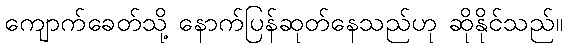
ကျောက်ခေတ်သို့ နောက်ပြန်ဆုတ်နေသည်ဟု ဆိုနိုင်သည်။